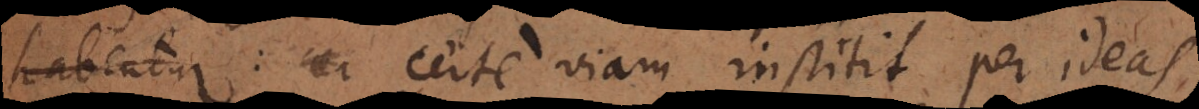
habentur: certe viam institit per ideas